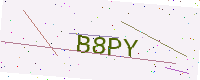
Text: B8PY